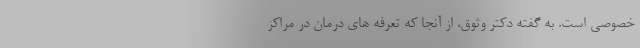
خصوصی است. به گفته دکتر وثوق، از آنجا که تعرفه های درمان در مراکز